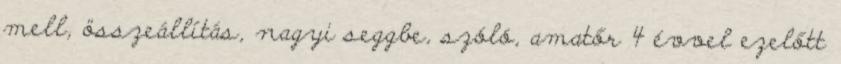
mell, összeállítás, nagyi seggbe, szóló, amatőr 4 évvel ezelőtt